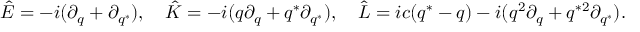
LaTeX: \hat { E } = - i ( \partial _ { q } + \partial _ { q ^ { * } } ) , ~ ~ ~ \hat { K } = - i ( q \partial _ { q } + q ^ { * } \partial _ { q ^ { * } } ) , ~ ~ ~ \hat { L } = i c ( q ^ { * } - q ) - i ( q ^ { 2 } \partial _ { q } + q ^ { * 2 } \partial _ { q ^ { * } } ) .